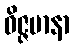
ဝိဇ္ဇမာနာ